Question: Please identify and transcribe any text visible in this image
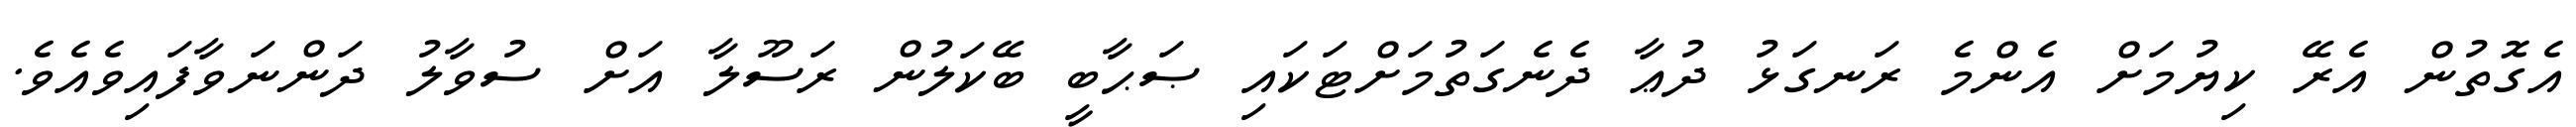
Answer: އެގޮތުން އެރޭ ކިޔުމަށް އެންމެ ރަނގަޅު ދުޢާ ދެނެގަތުމަށްޓަކައި ޞަޙާބީ ބޭކަލުން ރަސޫލާ އަށް ސުވާލު ދަންނަވާފައިވެއެވެ.